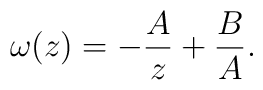
\omega (z) =  -\frac{A}{z} + \frac{B}{A}.